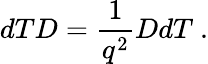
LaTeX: dTD=\frac{1}{q^{2}}DdT~.